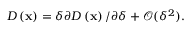
D \left( \mathbf { x } \right) = \delta \partial D \left( \mathbf { x } \right) / \partial \delta + \mathcal { O } ( \delta ^ { 2 } ) .